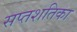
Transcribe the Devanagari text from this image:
सप्तशतिका